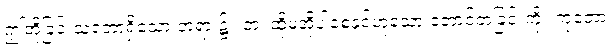
ဤအိုခြင်းသဘောရှိသော တရား၌။ တံ၊ ထိုမအိုပါစေနှင့်ဟူသော တောင့်တခြင်းကို။ ကုတော